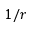
1 / r